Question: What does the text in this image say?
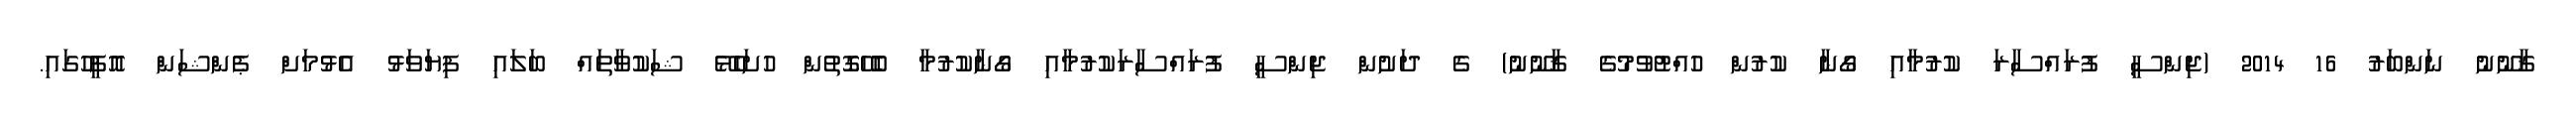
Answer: ޤާނޫނު ނަންބަރު 16 2014 (ޖިންސީ ފުރައްސާރަ ކުރުމާއި ގޯނާ ކުރުން ހުއްޓުވުމުގެ ޤާނޫނު) ގެ ދަށުން ޖިންސީ ފުރައްސާރަކުރުމާއި ގޯނާކުރުމާ ބެހޭގޮތުން ހުށަހެޅޭ ޝަކުވާތައް ބަލައި ފިޔަވަޅު އެޅުމަށް ޕެންޝަން އޮފީހުގައި.